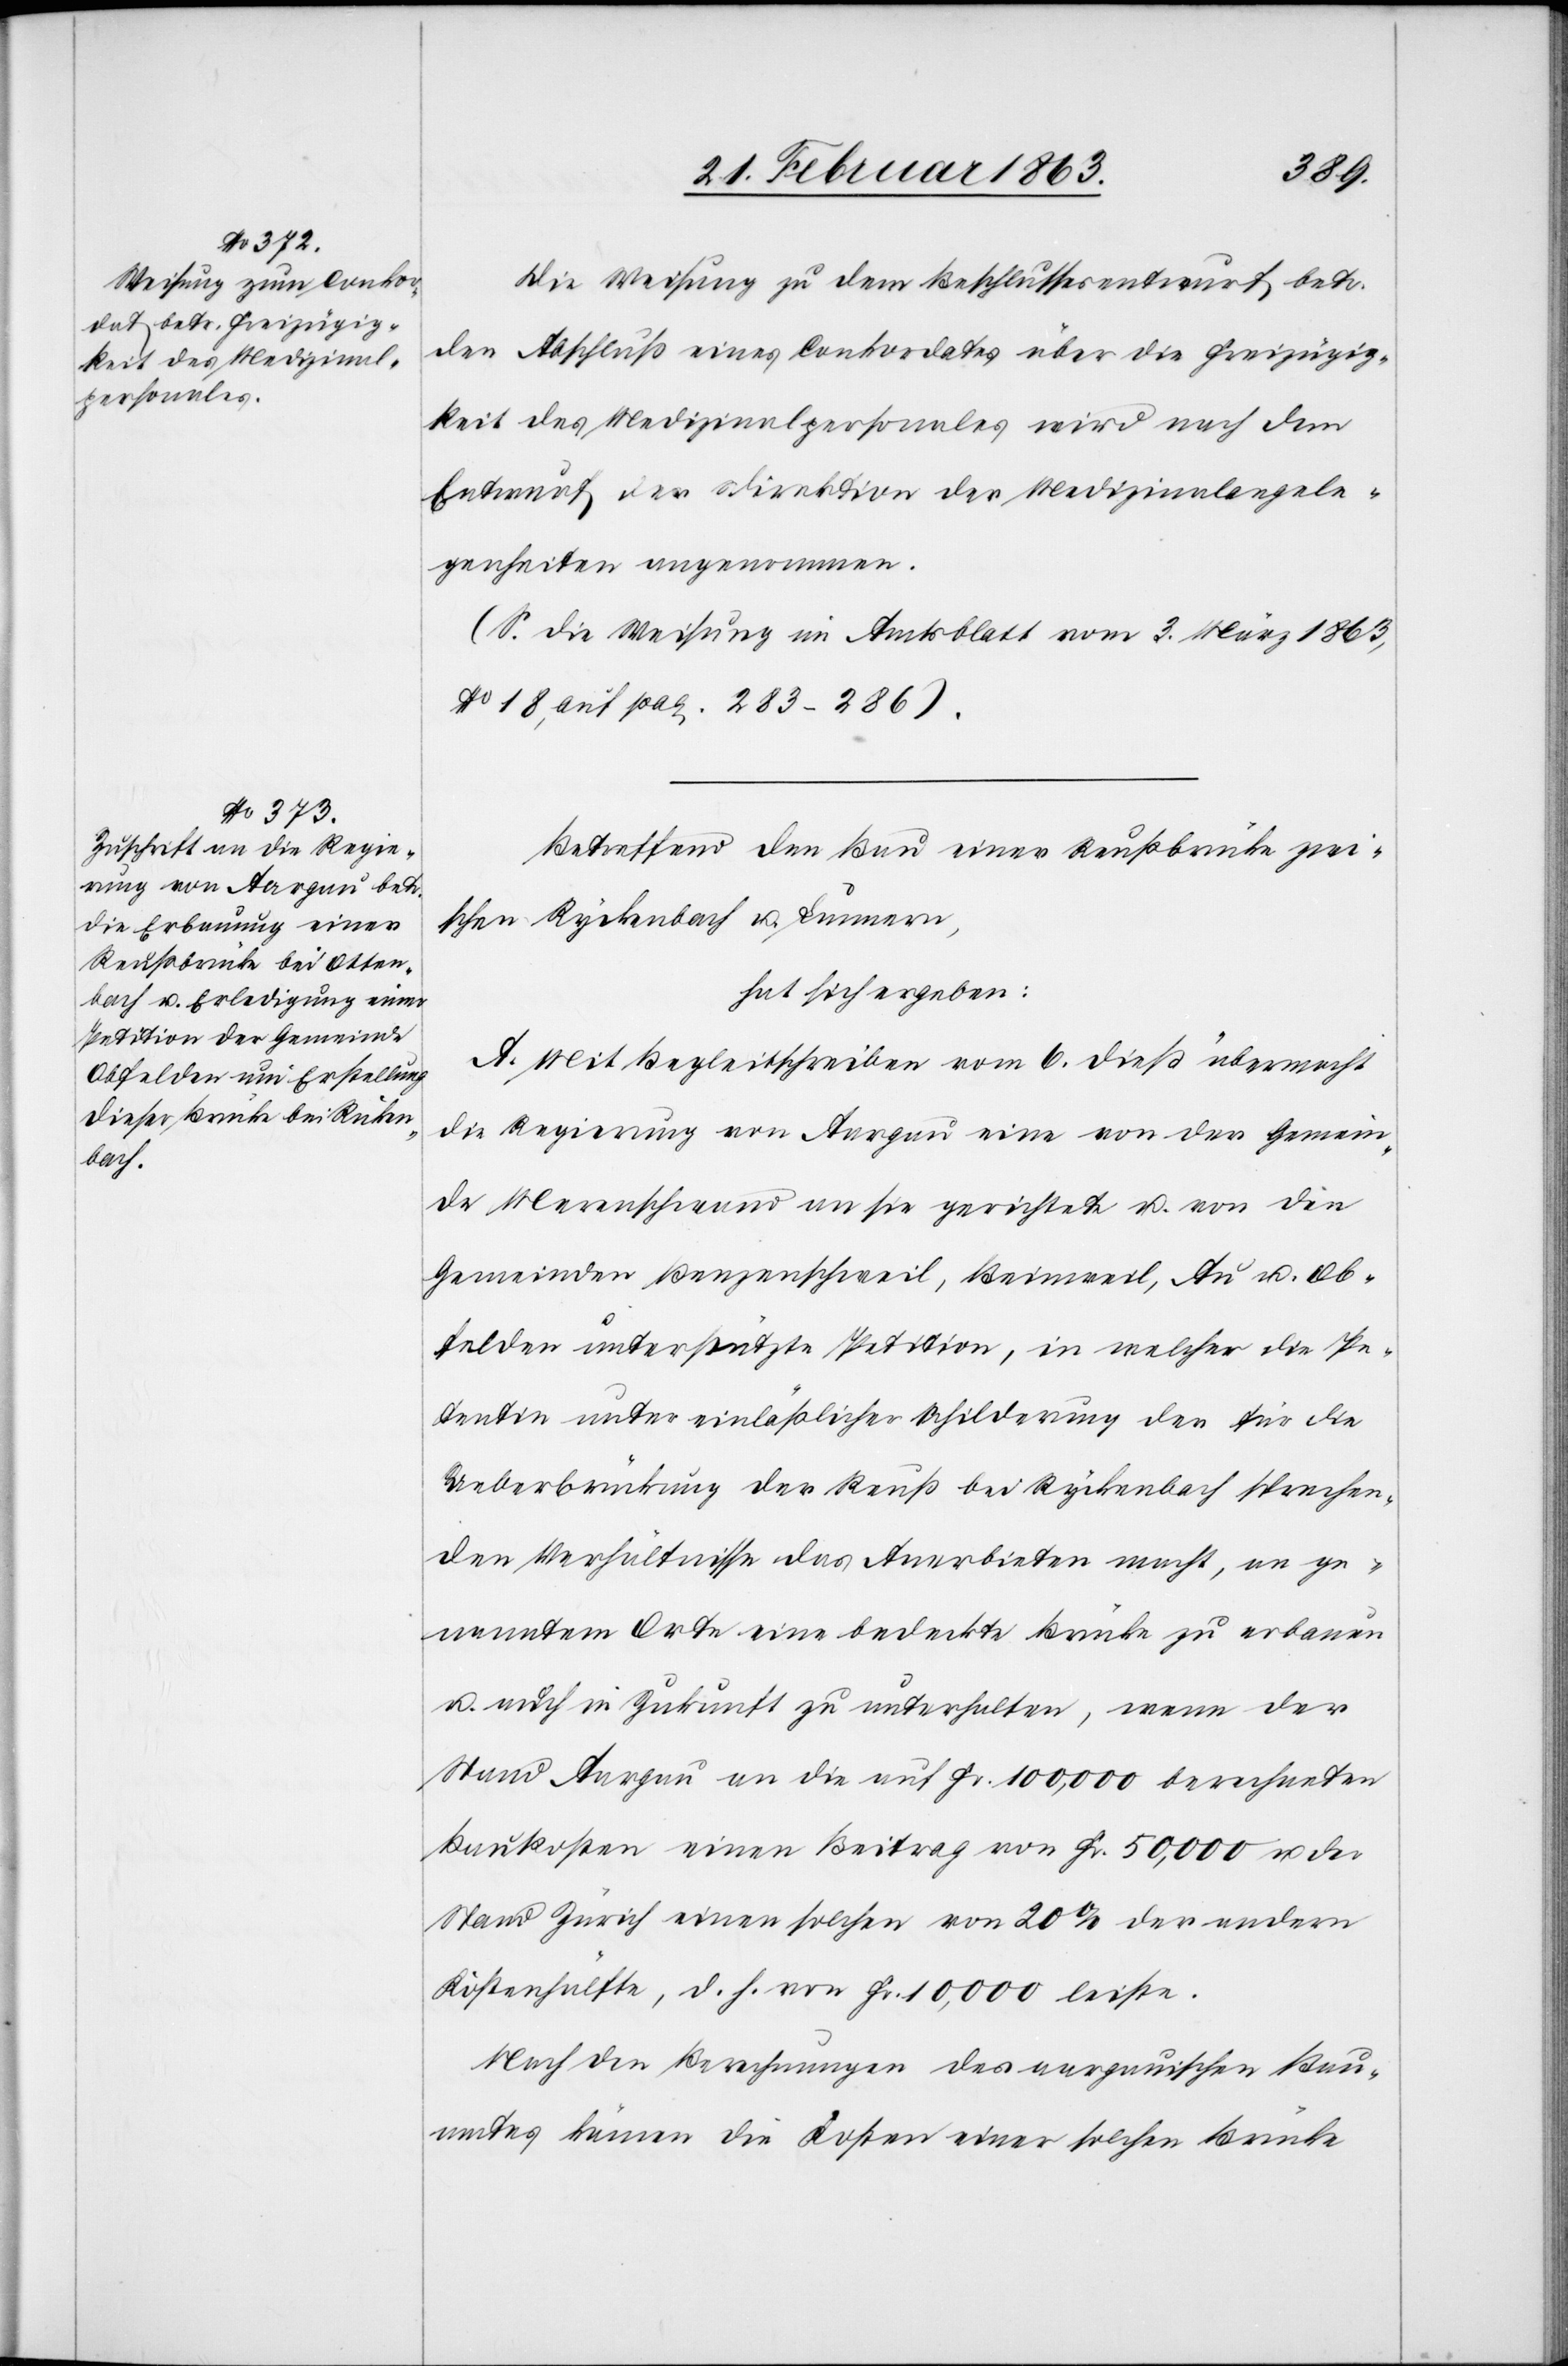
Die Weisung zu dem Beschlussesentwurf betr.
den Abschluß eines Conkordates über die Freizügig¬
keit des Medizinalpersonales wird nach dem
Entwurf der Direktion der Medizinalangele¬
genheiten angenommen.
(S. die Weisung im Amtsblatt vom 3. März 1863,
No 18, auf pag. 283–286).
Betreffend den Bau einer Reußbrücke zwi¬
schen Ryckenbach [sic!] u. Lunnern,
hat sich ergeben:
A. Mit Begleitschreiben vom 6. dieß übermacht
die Regierung von Aargau eine von der Gemein¬
de Merenschwand an sie gerichtete u. von den
Gemeinden Benzenschweil, Beinweil, Au u. Ob¬
felden unterstützte Petition, in welcher die Pe¬
tentin unter einläßlicher Schilderung der für die
Ueberbrückung der Reuß bei Ryckenbach sprechen¬
den Verhältnisse das Anerbieten macht, an ge¬
nanntem Orte eine bedeckte Brücke zu erbauen
u. auch in Zukunft zu unterhalten, wenn der
Stand Aargau an die auf Fr. 100,000 berechneten
Baukosten einen Beitrag von Fr. 50,000 u. der
Stand Zürich einen solchen von 20% der andern
Kostenhälfte, d. h. von Fr. 10,000 leiste.
Nach den Berechnungen des aargauischen Bau¬
amtes kämen die Kosten einer solchen Brücke